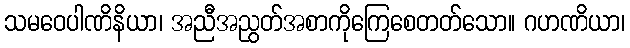
သမဝေပါဏိနိယာ၊ အညီအညွတ်အစာကိုကြေစေတတ်သော။ ဂဟဏိယာ၊